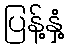
ပြန့်နှံ့